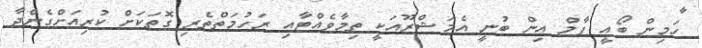
ހަމިން ބޯއީ ފާމް އިން ބުނީ އެމަޝްރޫއަކީ ތިމާވެއްޓާއި ރަހުމަތްތެރި ގޮތަކަށް ކުރިއަށްގެންދާ